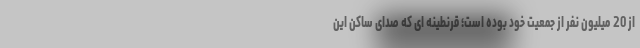
از 20 میلیون نفر از جمعیت خود بوده است؛ قرنطینه ای که صدای ساکن این